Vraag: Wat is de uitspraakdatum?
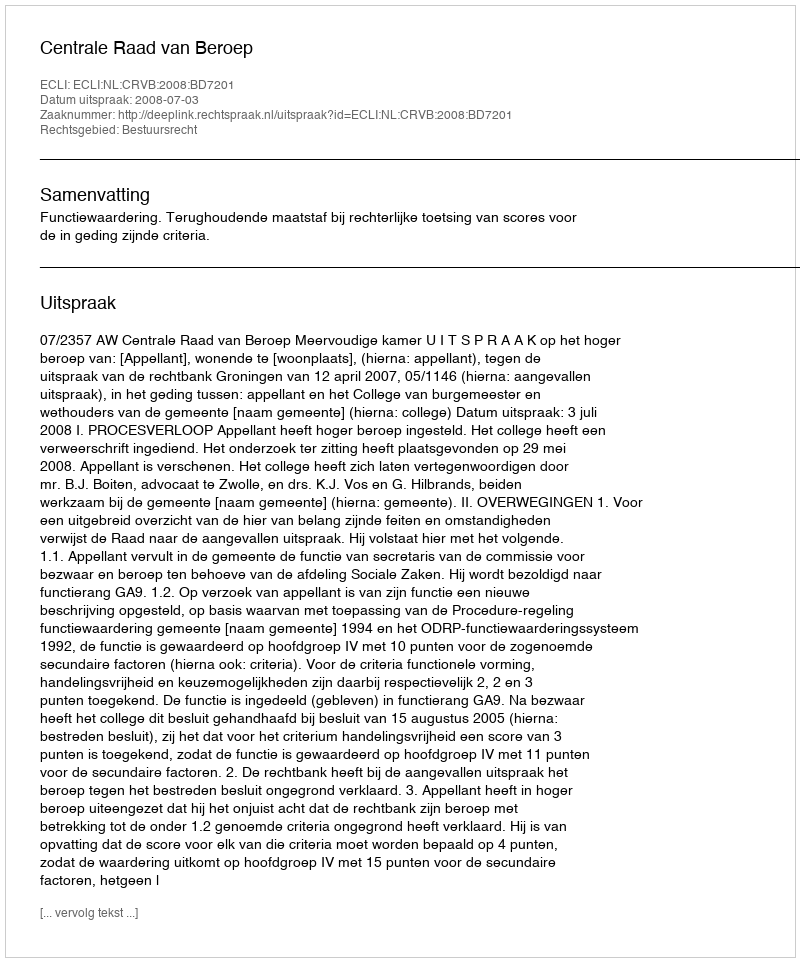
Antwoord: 2008-07-03